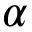
\alpha